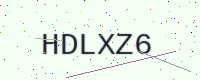
Text: HDLXZ6